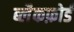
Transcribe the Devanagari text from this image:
ब्लैकफ़ोर्ड